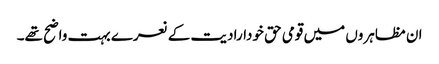
ان مظاہروں میں قومی حق خودارادیت کے نعرے بہت واضح تھے۔